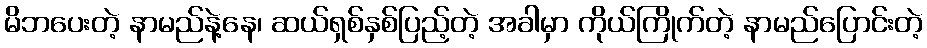
မိဘပေးတဲ့ နာမည်နဲ့နေ၊ ဆယ်ရှစ်နှစ်ပြည့်တဲ့ အခါမှာ ကိုယ်ကြိုက်တဲ့ နာမည်ပြောင်းတဲ့